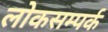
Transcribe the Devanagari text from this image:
लोकसम्पर्क